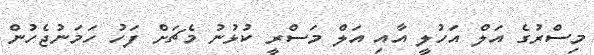
މިސްރުގެ އަލް އަހުލީ އާއި އަލް މަސްރީ ކުޅުނު މެޗަށް ފަހު ހަމަނުޖެހުން